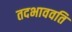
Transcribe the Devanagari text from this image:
तदभाववति